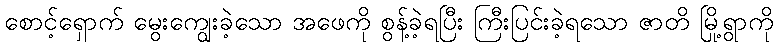
စောင့်ရှောက် မွေးကျွေးခဲ့သော အဖေကို စွန့်ခဲ့ရပြီး ကြီးပြင်းခဲ့ရသော ဇာတိ မြို့ရွာကို